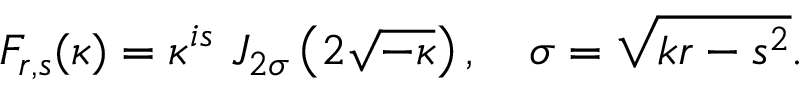
F _ { r , s } ( \kappa ) = \kappa ^ { i s } \, \, J _ { 2 \sigma } \left( 2 \sqrt { - \kappa } \right) , \quad \sigma = \sqrt { k r - s ^ { 2 } } .